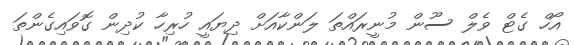
އޯހް ގެޓް ވެލް ސޫން މުނީރައްތަ ލަންކާއަށް ދިޔައީ ހުރިހާ ކުދިން ގޮވައިގެންތަ